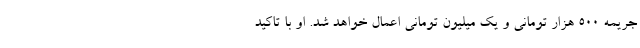
جریمه ۵۰۰ هزار تومانی و یک میلیون تومانی اعمال خواهد شد. او با تاکید